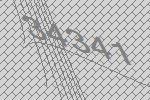
34341